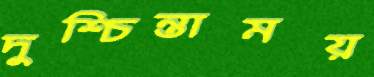
দুশ্চিন্তাময়